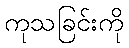
ကုသခြင်းကို